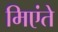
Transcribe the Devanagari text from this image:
मिएंते